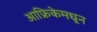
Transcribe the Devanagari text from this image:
आफ्रिकेमधून